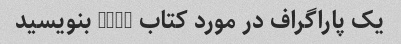
یک پاراگراف در مورد کتاب 1984 بنویسید